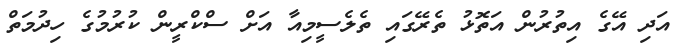
އަދި އޭގެ އިތުރުން އަތޮޅު ތެރޭގައި ތެލެސީމިއާ އަށް ސްކްރީން ކުރުމުގެ ހިދުމަތް